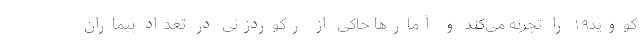
کووید۱۹ را تجربه می‌کند و آمارها حاکی از رکوردزنی در تعداد بیماران